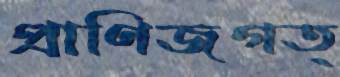
প্রাণিজগত্